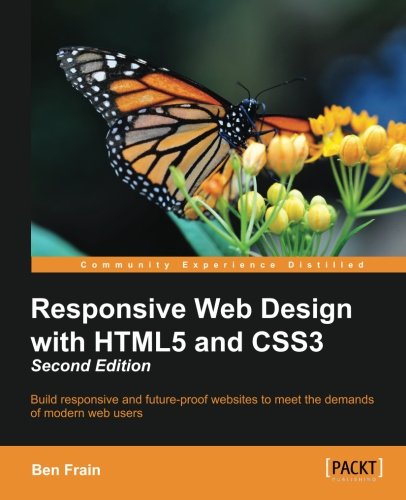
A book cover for Responsive Web Design with HTML5 and CSS3 - Second Edition; Ben Frain; Computers & Technology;